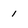
Character: 1